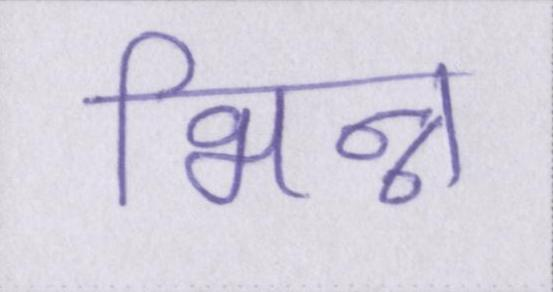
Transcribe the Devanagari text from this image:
भिन्न